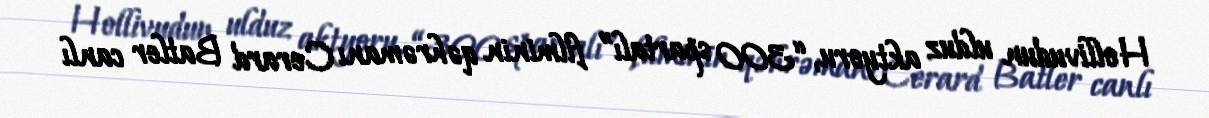
Hollivudun ulduz aktyoru, “300 spartalı” filminin qəhrəmanı Cerard Batler canlı